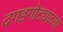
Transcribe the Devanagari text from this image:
दगडगोट्यांच्या